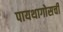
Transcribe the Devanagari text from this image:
पायथागोसची